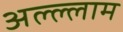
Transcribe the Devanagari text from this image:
अल्ल्लाम